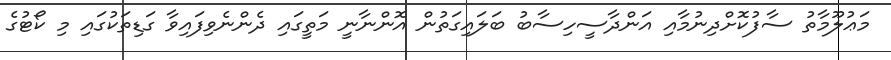
މަޢުލޫމާތު ސާފުކޮށްދިނުމާއި އަންދާސީހިސާބު ބަލައިގަތުން އޮންނާނީ މަތީގައި ދެންނެވިފައިވާ ގަޑިތަކުގައި މި ކޯޓުގެ